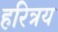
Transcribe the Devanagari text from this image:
हरित्रय